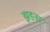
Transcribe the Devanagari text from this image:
झडऩा